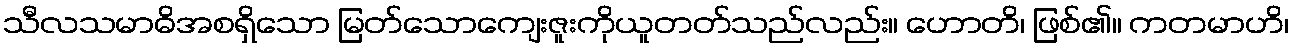
သီလသမာဓိအစရှိသော မြတ်သောကျေးဇူးကိုယူတတ်သည်လည်း။ ဟောတိ၊ ဖြစ်၏။ ကတမာဟိ၊